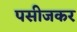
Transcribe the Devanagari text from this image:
पसीजकर